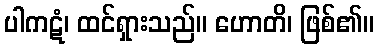
ပါကဋံ၊ ထင်ရှားသည်။ ဟောတိ၊ ဖြစ်၏။